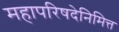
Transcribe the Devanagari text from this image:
महापरिषदेनिमित्त